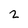
Character: 2